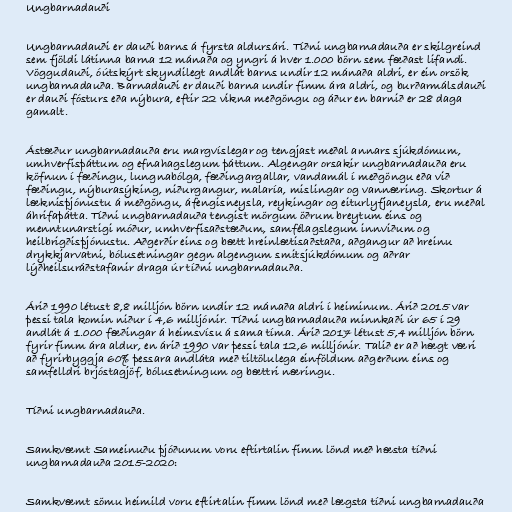
Ungbarnadauði

Ungbarnadauði er dauði barns á fyrsta aldursári. Tíðni ungbarnadauða er skilgreind
sem fjöldi látinna barna 12 mánaða og yngri á hver 1.000 börn sem fæðast lifandi.
Vöggudauði, óútskýrt skyndilegt andlát barns undir 12 mánaða aldri, er ein orsök
ungbarnadauða. Barnadauði er dauði barna undir fimm ára aldri, og burðarmálsdauði
er dauði fósturs eða nýbura, eftir 22 vikna meðgöngu og áður en barnið er 28 daga
gamalt.

Ástæður ungbarnadauða eru margvíslegar og tengjast meðal annars sjúkdómum,
umhverfisþáttum og efnahagslegum þáttum. Algengar orsakir ungbarnadauða eru
köfnun í fæðingu, lungnabólga, fæðingargallar, vandamál í meðgöngu eða við
fæðingu, nýburasýking, niðurgangur, malaría, mislingar og vannæring. Skortur á
læknisþjónustu á meðgöngu, áfengisneysla, reykingar og eiturlyfjaneysla, eru meðal
áhrifaþátta. Tíðni ungbarnadauða tengist mörgum öðrum breytum eins og
menntunarstigi móður, umhverfisaðstæðum, samfélagslegum innviðum og
heilbrigðisþjónustu. Aðgerðir eins og bætt hreinlætisaðstaða, aðgangur að hreinu
drykkjarvatni, bólusetningar gegn algengum smitsjúkdómum og aðrar
lýðheilsuráðstafanir draga úr tíðni ungbarnadauða.

Árið 1990 létust 8,8 milljón börn undir 12 mánaða aldri í heiminum. Árið 2015 var
þessi tala komin niður í 4,6 milljónir. Tíðni ungbarnadauða minnkaði úr 65 í 29
andlát á 1.000 fæðingar á heimsvísu á sama tíma. Árið 2017 létust 5,4 milljón börn
fyrir fimm ára aldur, en árið 1990 var þessi tala 12,6 milljónir. Talið er að hægt væri
að fyrirbyggja 60% þessara andláta með tiltölulega einföldum aðgerðum eins og
samfelldri brjóstagjöf, bólusetningum og bættri næringu.

Tíðni ungbarnadauða.

Samkvæmt Sameinuðu þjóðunum voru eftirtalin fimm lönd með hæsta tíðni
ungbarnadauða 2015-2020:

Samkvæmt sömu heimild voru eftirtalin fimm lönd með lægsta tíðni ungbarnadauða